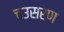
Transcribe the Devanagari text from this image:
चउसरण